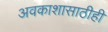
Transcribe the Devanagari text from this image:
अवकाशासाठीही